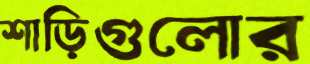
শাড়িগুলোর